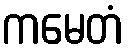
ကမေတံ